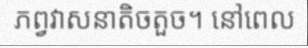
ភព្វវាសនាតិចតួច។ នៅពេល